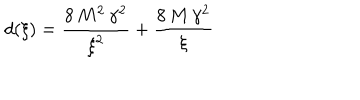
d ( \xi ) = { \frac { 8 \, { M ^ { 2 } } \, { { \gamma } ^ { 2 } } } { { { \xi } ^ { 2 } } } } + { \frac { 8 \, M \, { { \gamma } ^ { 2 } } } { \xi } }